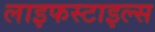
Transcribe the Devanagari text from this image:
लाइफस्टाइल्स